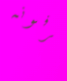
يعرفونه